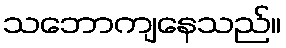
သဘောကျနေသည်။